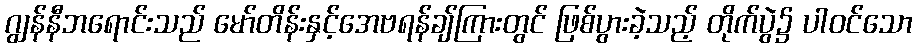
ဂျွန်နီဘရောင်းသည် မော်တိန်းနှင့်အေဗရန်ချ်ကြားတွင် ဖြစ်ပွားခဲ့သည့် တိုက်ပွဲ၌ ပါဝင်သော